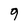
Character: 9